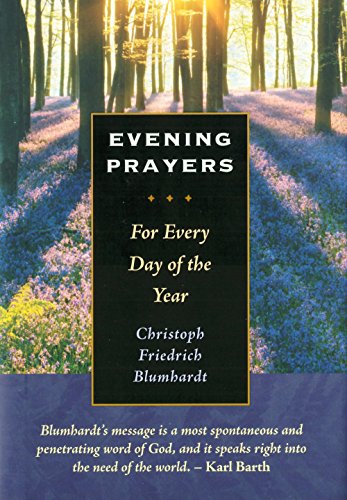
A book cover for Evening Prayers: For Every Day of the Year; Christoph Friedrich Blumhardt; Christian Books & Bibles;